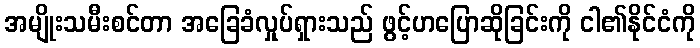
အမျိုးသမီးစင်တာ အခြေခံလှုပ်ရှားသည် ဖွင့်ဟပြောဆိုခြင်းကို ငါ၏နိုင်ငံကို